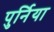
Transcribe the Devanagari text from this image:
पुर्निया